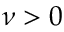
\nu > 0